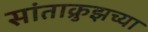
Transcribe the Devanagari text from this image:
सांताक्रुझच्या